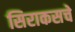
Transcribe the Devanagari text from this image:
सिराकसचे